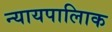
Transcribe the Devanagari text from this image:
न्यायपालिाक